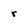
Character: r